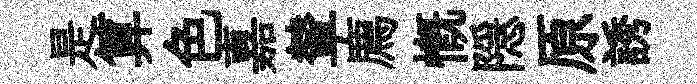
是算色嘉輦廌慨隠原誘